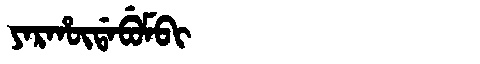
Manchu: ᠶᠠᡵᡥᡡᡩᠠᠪᡠᠮᠪᡳ
Romanization: YARHŪDABUMBI